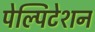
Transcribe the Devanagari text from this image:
पेल्पिटेशन